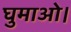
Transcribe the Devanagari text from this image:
घुमाओ।